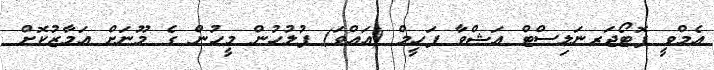
އެމްވީ ފޮޓޯޖަރނަލިސްޓް އަޝްވާ ފަހީމް (އައްވަ) ފުލުހުން މީހުން ގެ މޫނަށް އަމާޒުކޮށް